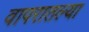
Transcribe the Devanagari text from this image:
वापरातल्या